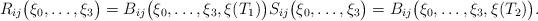
LaTeX: \begin{align*}R_{ij}\bigl(\xi_0,\ldots,\xi_3 \bigr) = B_{ij}\bigl(\xi_0,\ldots,\xi_3, \xi(T_1) \bigr)S_{ij}\bigl(\xi_0,\ldots,\xi_3 \bigr) = B_{ij}\bigl(\xi_0,\ldots,\xi_3, \xi(T_2) \bigr).\end{align*}